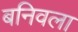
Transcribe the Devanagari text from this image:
बनिवला